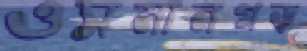
ওসমানগড়